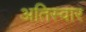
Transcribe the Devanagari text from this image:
अतिस्वार